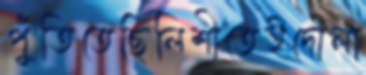
পুঁতিতেছিলিশীতেইদোলা